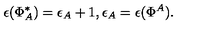
\epsilon ( \Phi _ { A } ^ { * } ) = \epsilon _ { A } + 1 , \epsilon _ { A } = \epsilon ( \Phi ^ { A } ) .